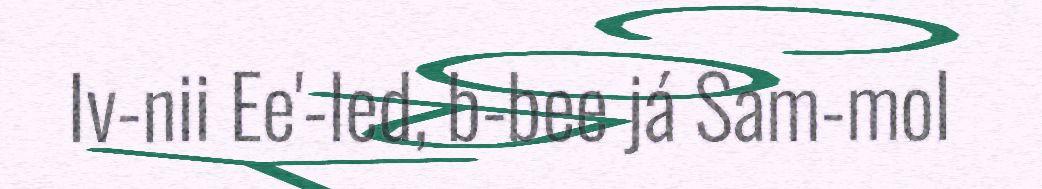
Iv-nii Ee'-led, b-bee já Sam-mol